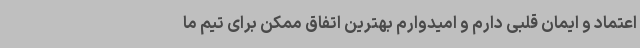
اعتماد و ایمان قلبی دارم و امیدوارم بهترین اتفاق ممکن برای تیم ما